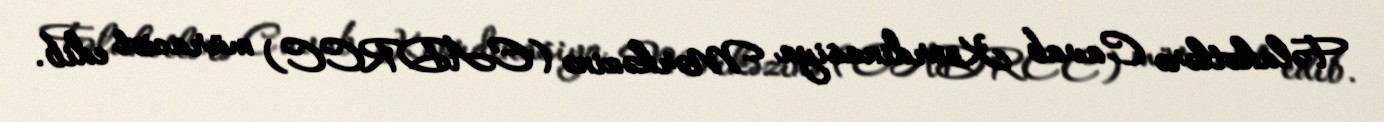
Fəlakətlərə Cavab Koordinasiya Mərkəzinə (EADRCC) müraciət edib.